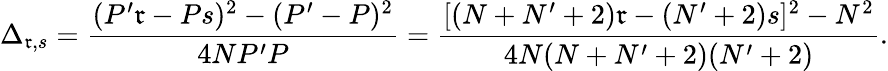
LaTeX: \Delta_{\mathfrak{r},s}=\frac{{(P^{\prime}\mathfrak{r}-Ps)^{2}-(P^{\prime}-P)^{2}}}{{4NP^{\prime}P}}=\frac{{[(N+N^{\prime}+2)\mathfrak{r}-(N^{\prime}+2)s]^{2}-N^{2}}}{{4N(N+N^{\prime}+2)(N^{\prime}+2)}}.